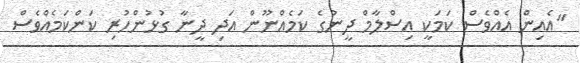
"އެއިން އެއްވެސް ކަމަކީ އިސްލާމް ދީނުގެ ކަމެއްނޫން އަދި ދީނާ ގުޅުންހުރި ކަންކަމެއްވެސް